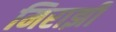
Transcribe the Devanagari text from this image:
मिराझी